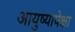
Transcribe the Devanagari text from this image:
आयुष्यापेक्षा